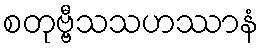
စတုဗ္ဗီသသဟဿာနံ